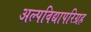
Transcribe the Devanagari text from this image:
अल्पविद्यापरिग्रह